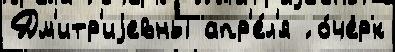
Дм'итр'иjевны апр'е́л'я ́ о́черк